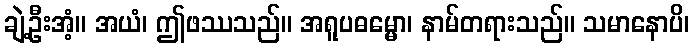
ချဲ့ဦးအံ့။ အယံ၊ ဤဖဿသည်။ အရူပဓမ္မော၊ နာမ်တရားသည်။ သမာနောပိ၊